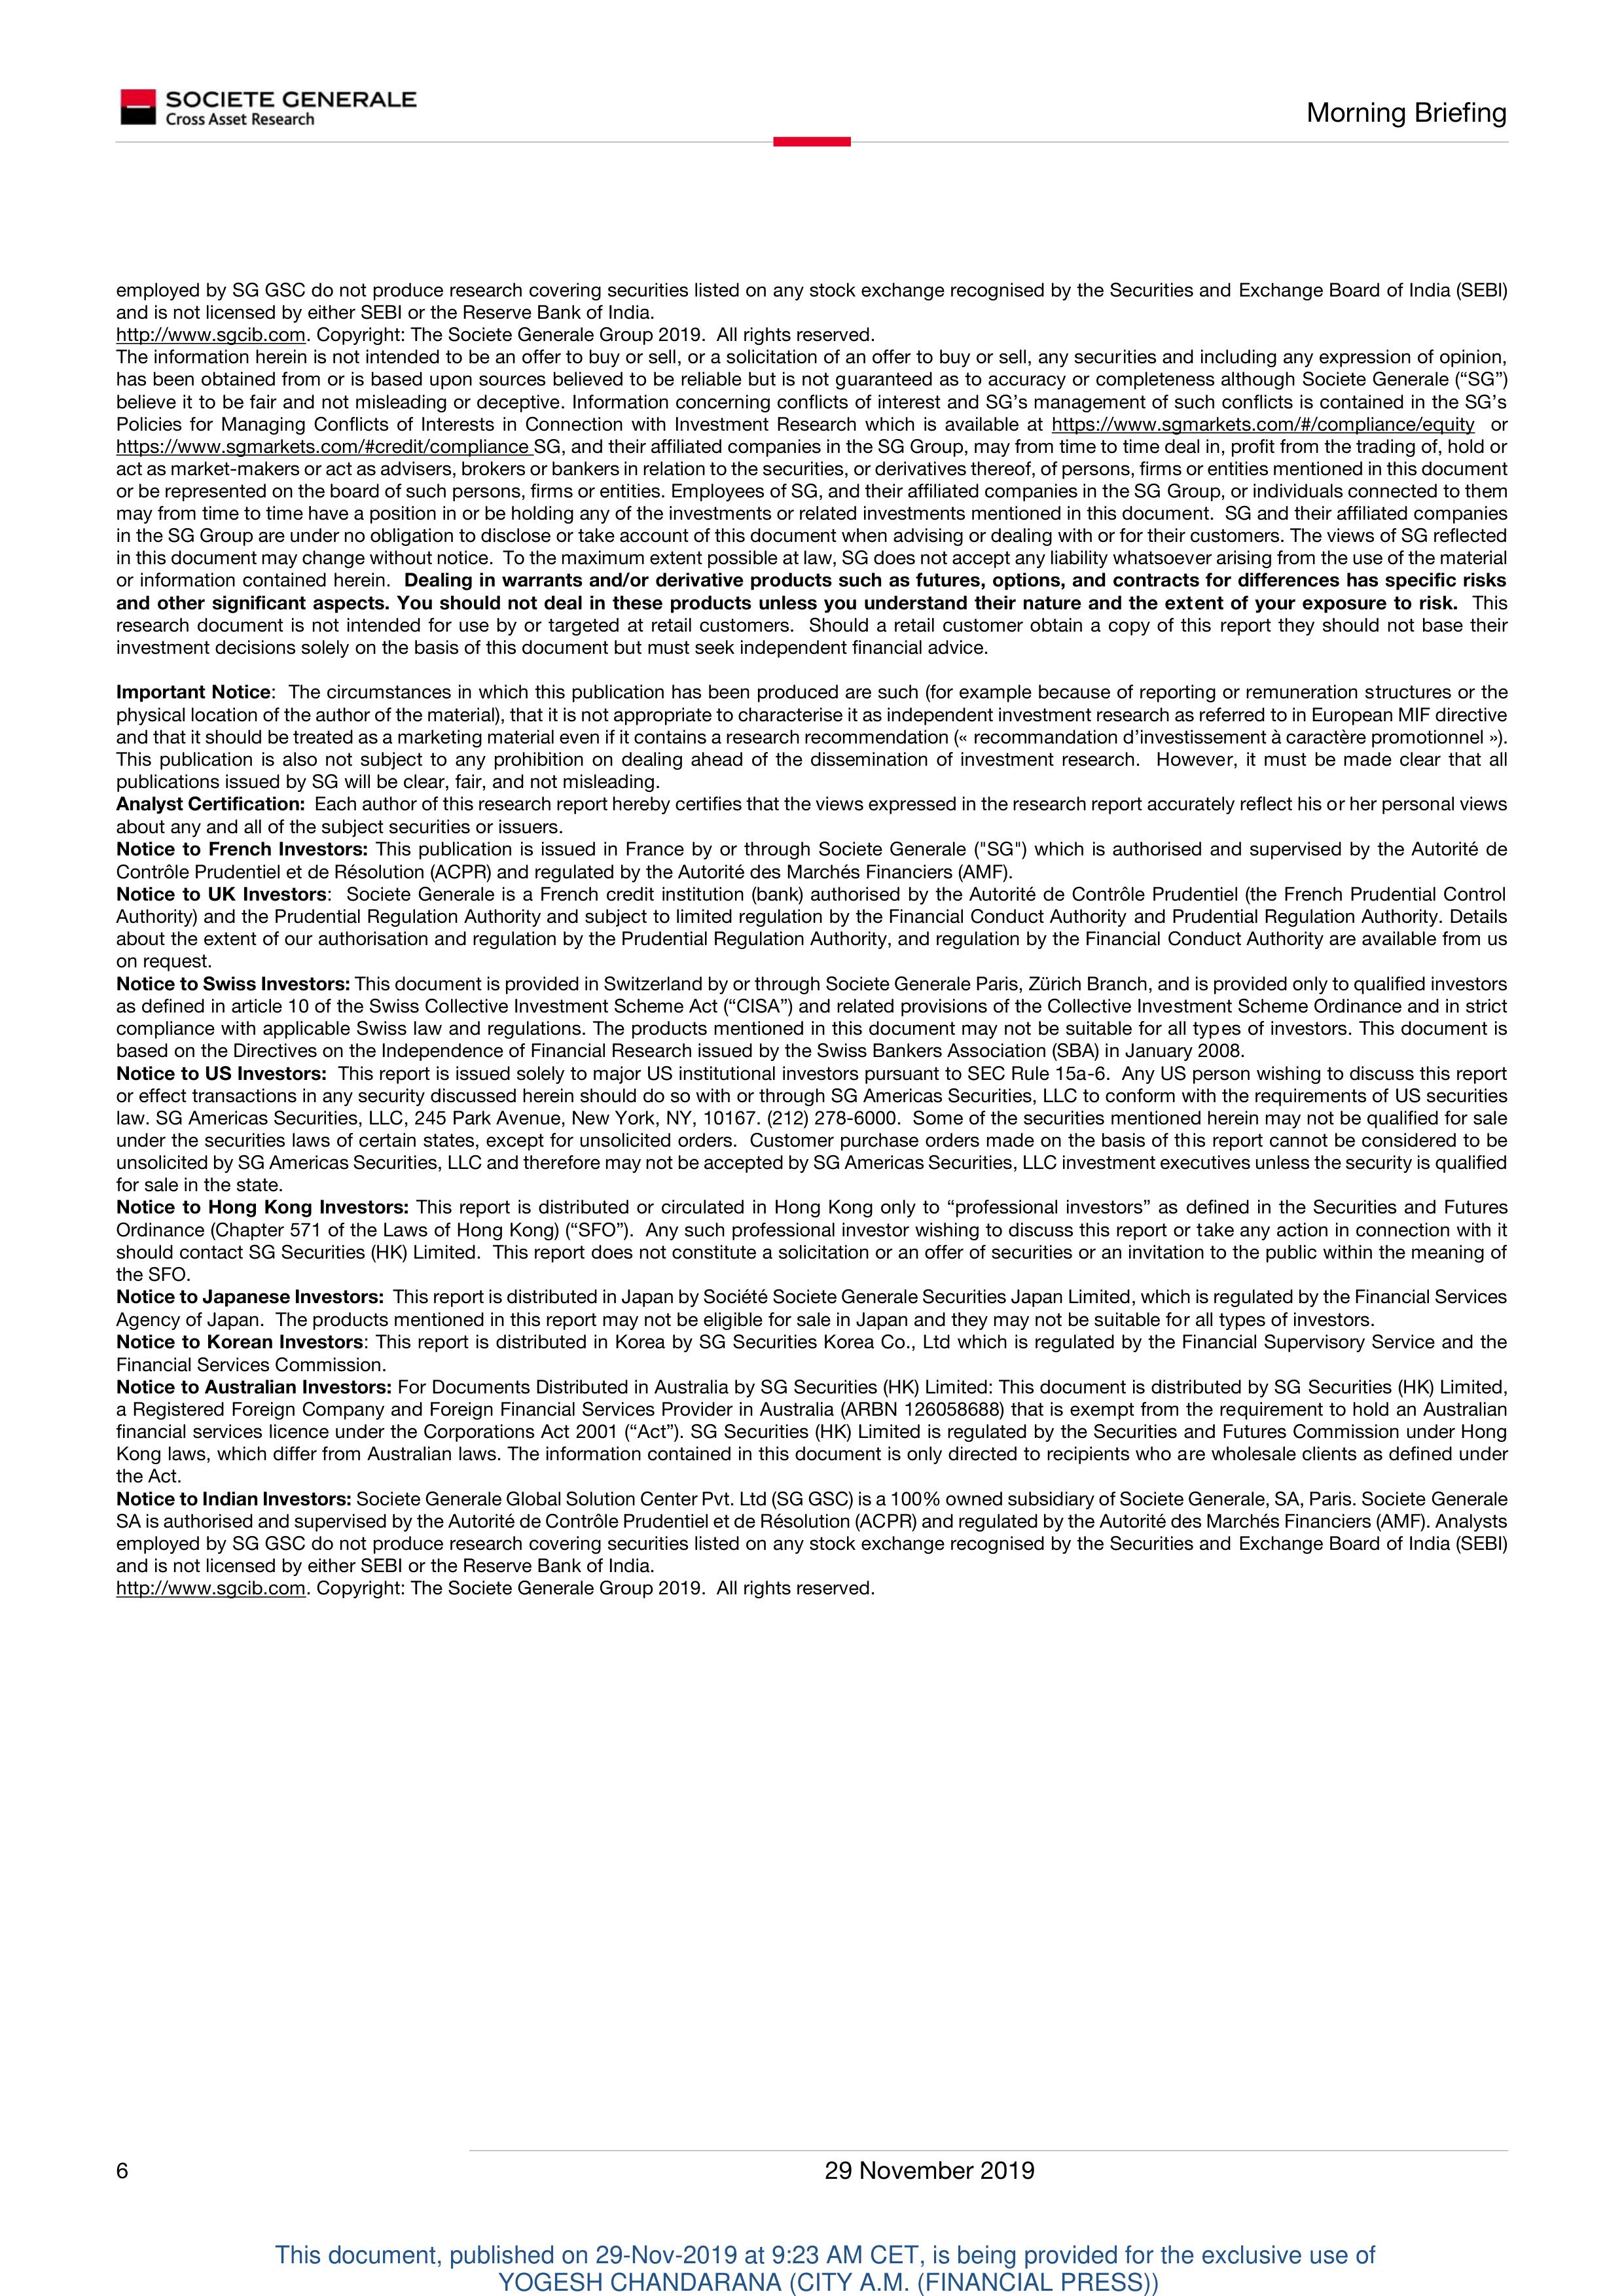
SOCIETE GENERALE
Cross Asset Research                                                                                           Morning Briefing

employed by SG GSC do not produce research covering securities listed on any stock exchange recognised by the Securities and Exchange Board of India (SEBI)
and is not licensed by either SEBI or the Reserve Bank of India.
http://www.sgcib.com. Copyright: The Societe Generale Group 2019.  All rights reserved.
The information herein is not intended to be an offer to buy or sell, or a solicitation of an offer to buy or sell, any securities and including any expression of opinion,
has been obtained from or is based upon sources believed to be reliable but is not guaranteed as to accuracy or completeness although Societe Generale ("SG")
believes it to be fair and not misleading or deceptive. Information concerning conflicts of interest and SG's management of such conflicts is contained in the SG's
Policies for Managing Conflicts of Interests in Connection with Investment Research which is available at https://www.sgmarkets.com/#/compliance/equity  or
https://www.sgmarkets.com/#/credit/compliance SG, and their affiliated companies in the SG Group, may from time to time deal in, profit from the trading of, hold or
act as market-makers or act as advisers, brokers or bankers in relation to the securities, or derivatives thereof, of persons, firms or entities mentioned in this document
or be represented on the board of such persons, firms or entities. Employees of SG, and their affiliated companies in the SG Group, or individuals connected to them
may from time to time have a position in or be holding any of the investments or related investments mentioned in this document.  SG and their affiliated companies
in the SG Group are under no obligation to disclose or take account of this document when advising or dealing with or for their customers. The views of SG reflected
in this document may change without notice. To the maximum extent possible at law, SG does not accept any liability whatsoever arising from the use of the material
or information contained herein.  Dealing in warrants and/or derivative products such as futures, options, and contracts for differences has specific risks
and other significant aspects. You should not deal in these products unless you understand their nature and the extent of your exposure to risk.  This
research document is not intended for use by or targeted at retail customers.  Should a retail customer obtain a copy of this report they should not base their
investment decisions solely on the basis of this document but must seek independent financial advice.

Important Notice:  The circumstances in which this publication has been produced are such (for example because of reporting or remuneration structures or the
physical location of the author of the material), that it is not appropriate to characterise it as independent investment research as referred to in European MIF directive
and that it should be treated as a marketing material even if it contains a research recommendation (« recommandation d'investissement à caractère promotionnel »).
This publication is also not subject to any prohibition on dealing ahead of the dissemination of investment research.  However, it must be made clear that all
publications issued by SG will be clear, fair, and not misleading.
Analyst Certification:  Each author of this research report hereby certifies that the views expressed in the research report accurately reflect his or her personal views
about any and all of the subject securities or issuers.
Notice to French Investors: This publication is issued in France by or through Societe Generale ("SG") which is authorised and supervised by the Autorité de
Contrôle Prudentiel et de Résolution (ACPR) and regulated by the Autorité des Marchés Financiers (AMF).
Notice to UK Investors:  Societe Generale is a French credit institution (bank) authorised by the Autorité de Contrôle Prudentiel (the French Prudential Control
Authority) and the Prudential Regulation Authority and subject to limited regulation by the Financial Conduct Authority and Prudential Regulation Authority. Details
about the extent of our authorisation and regulation by the Prudential Regulation Authority, and regulation by the Financial Conduct Authority are available from us
on request.
Notice to Swiss Investors: This document is provided in Switzerland by or through Societe Generale Paris, Zürich Branch, and is provided only to qualified investors
as defined in article 10 of the Swiss Collective Investment Scheme Act ("CISA") and related provisions of the Collective Investment Scheme Ordinance and in strict
compliance with applicable Swiss law and regulations. The products mentioned in this document may not be suitable for all types of investors. This document is
based on the Directives on the Independence of Financial Research issued by the Swiss Bankers Association (SBA) in January 2008.
Notice to US Investors:  This report is issued solely to major US institutional investors pursuant to SEC Rule 15a-6.  Any US person wishing to discuss this report
or effect transactions in any security discussed herein should do so with or through SG Americas Securities, LLC to conform with the requirements of US securities
law. SG Americas Securities, LLC, 245 Park Avenue, New York, NY, 10167, (212) 278-6000.  Some of the securities mentioned herein may not be qualified for sale
under the securities laws of certain states, except for unsolicited orders.  Customer purchase orders made on the basis of this report cannot be considered to be
unsolicited by SG Americas Securities, LLC and therefore may not be accepted by SG Americas Securities, LLC investment executives unless the security is qualified
for sale in that state.
Notice to Hong Kong Investors: This report is distributed or circulated in Hong Kong only to "professional investors" as defined in the Securities and Futures
Ordinance (Chapter 571 of the Laws of Hong Kong) ("SFO").  Any such professional investor wishing to discuss this report or take any action in connection with it
should contact SG Securities (HK) Limited.  This report does not constitute a solicitation or an offer of securities or an invitation to the public within the meaning of
the SFO.
Notice to Japanese Investors:  This report is distributed in Japan by Société Generale Securities Japan Limited, which is regulated by the Financial Services
Agency of Japan.  The products mentioned in this report may not be eligible for sale in Japan and they may not be suitable for all types of investors.
Notice to Korean Investors: This report is distributed in Korea by SG Securities Korea Co., Ltd which is regulated by the Financial Supervisory Service and the
Financial Services Commission.
Notice to Australian Investors: For Documents Distributed in Australia by SG Securities (HK) Limited: This document is distributed by SG Securities (HK) Limited,
a Registered Foreign Company and Foreign Financial Services Provider in Australia (ARBN 126058688) that is exempt from the requirement to hold an Australian
financial services licence under the Corporations Act 2001 ("Act"). SG Securities (HK) Limited is regulated by the Securities and Futures Commission under Hong
Kong laws, which differ from Australian laws. The information contained in this document is only directed to recipients who are wholesale clients as defined under
the Act.
Notice to Indian Investors: Societe Generale Global Solution Center Pvt. Ltd (SG GSC) is a 100% owned subsidiary of Societe Generale, SA, Paris. Societe Generale
SA is authorised and supervised by the Autorité de Contrôle Prudentiel et de Résolution (ACPR) and regulated by the Autorité des Marchés Financiers (AMF). Analysts
employed by SG GSC do not produce research covering securities listed on any stock exchange recognised by the Securities and Exchange Board of India (SEBI)
and is not licensed by either SEBI or the Reserve Bank of India.
http://www.sgcib.com. Copyright: The Societe Generale Group 2019.  All rights reserved.

6                                                                                                                          29 November 2019

This document, published on 29-Nov-2019 at 9:23 AM CET, is being provided for the exclusive use of
YOGESH CHANDARANA (CITY A.M. (FINANCIAL PRESS))